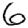
Digit: 6